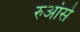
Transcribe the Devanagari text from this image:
रुआंसे